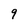
Character: 9